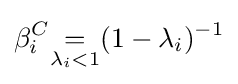
\beta _{i}^{C}{\underset {\lambda _{i}<1}{=}}(1-\lambda _{i})^{-1}